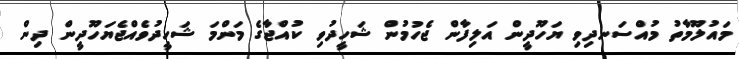
މައުލޫމާތު މުއްސަނދިވި ޔަހޫދީން އަލިފާން ޖެހުމުން ޝަހީދުވި ކުއްޖާގެ މަންމަ ޝަހީދުވެއްޖެޔަހޫދީން ދިން